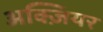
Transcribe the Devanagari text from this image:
अक्ज़ियर